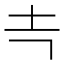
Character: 𰉕